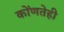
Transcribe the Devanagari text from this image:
कोंणतेही